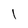
Character: l